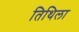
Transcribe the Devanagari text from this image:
तिथिला